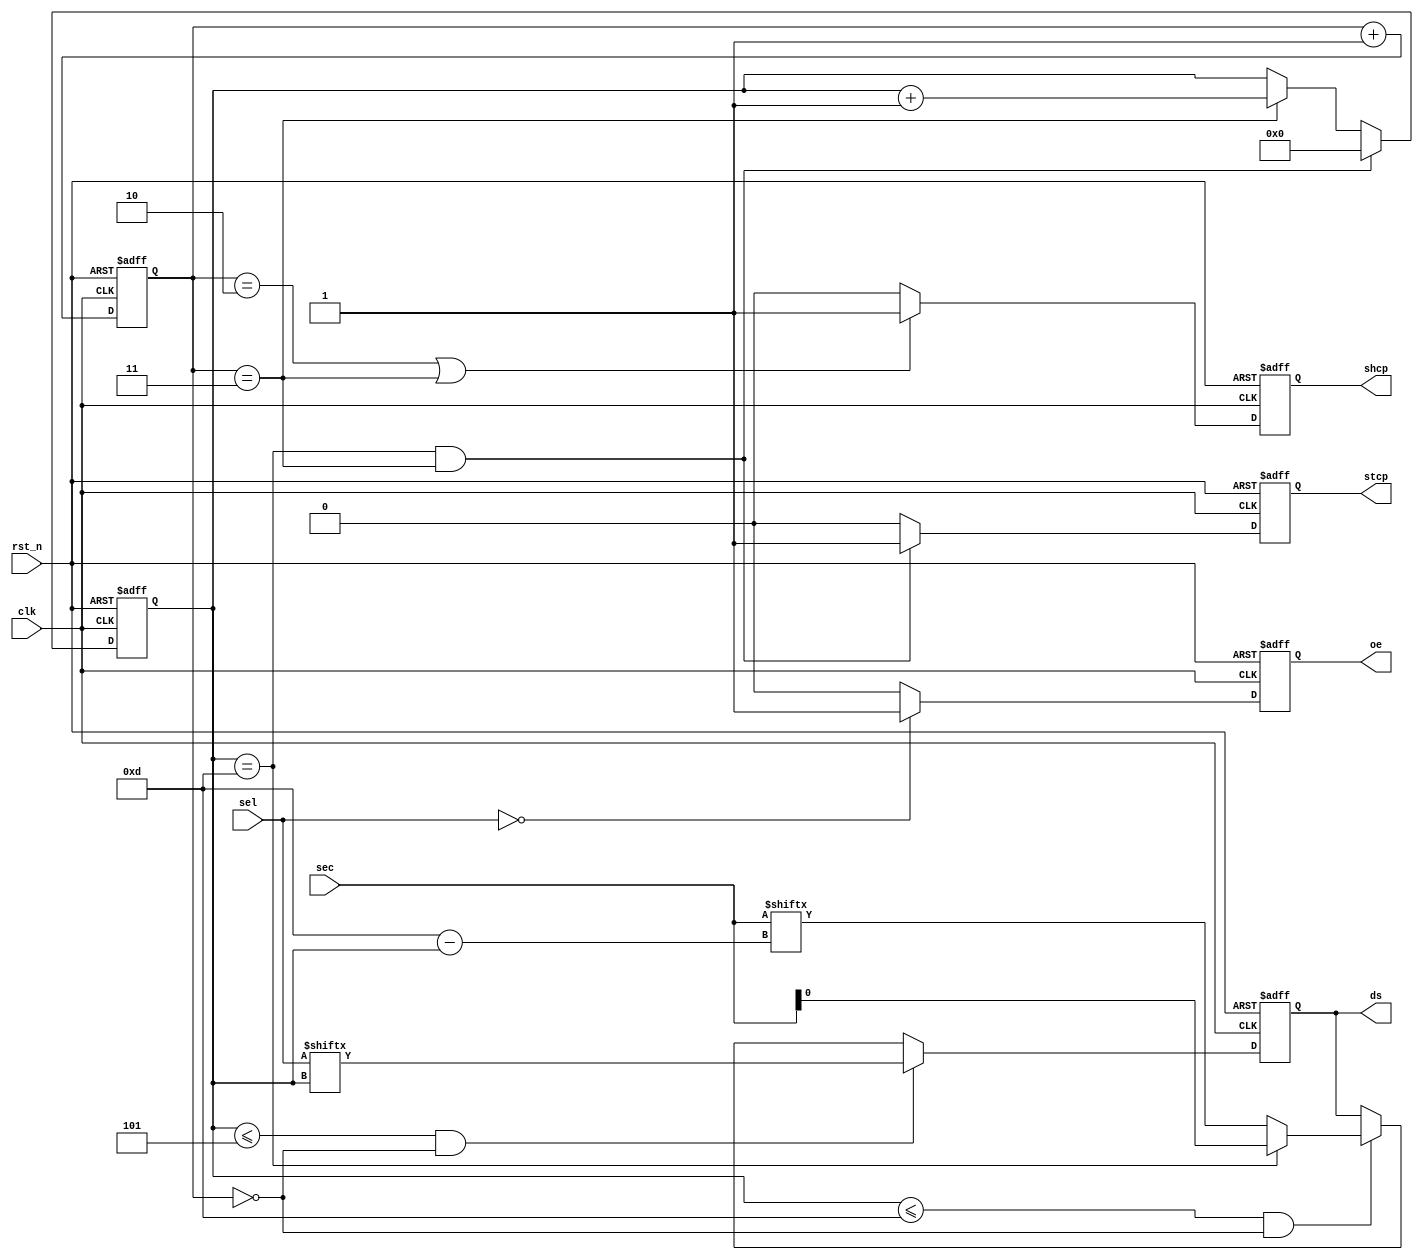
module Hc595_Pre (
	input clk,
	input rst_n,
	input [5:0] sel,
	input [7:0] sec,
	output reg shcp,
	output reg stcp,
	output reg ds,
	output reg oe
);

	reg [1:0] cnt;	//450mhz
	reg [3:0] cnt_num;	//68

	/*0123*/
	always @(posedge clk or negedge rst_n) begin
		if(~rst_n) begin
			cnt <= 2'd0;
		end else begin
			cnt <= cnt + 2'd1;	//0
		end
	end

	/*0-13*/
	always @(posedge clk or negedge rst_n) begin
		if(~rst_n) begin
			cnt_num <= 4'd0;
		end else if(cnt_num == 4'd13 && cnt == 2'd3) begin
			cnt_num <= 4'd0;
		end else if(cnt == 2'd3) begin
			cnt_num <= cnt_num + 4'd1;
		end
	end

	/*shcp12.5mhz*/
	always @(posedge clk or negedge rst_n) begin
		if(~rst_n) begin
			shcp <= 1'd0;
		end else if(cnt == 2'd2 || cnt == 2'd3) begin
			shcp <= 1'd1;
		end else begin
			shcp <= 1'd0;
		end
	end

	/*8
	stcp*/
	always @(posedge clk or negedge rst_n) begin
		if(~rst_n) begin
			stcp <= 1'd0;
		end else if(cnt_num == 4'd13 && cnt == 2'd3) begin
			stcp <= 1'd1;
		end else begin
			stcp <= 1'd0;
		end
	end

	/*0-1368
	*/
	always @(posedge clk or negedge rst_n) begin
		if(~rst_n) begin
			ds <= 0;
		end else if(cnt_num <= 4'd5 && cnt == 2'd0) begin
			ds <= sel[cnt_num];
		end else if(cnt_num <= 4'd13 && cnt == 2'd0) begin
			if(cnt_num == 4'd13) begin
				ds <= sec[0];
			end else begin
				ds <= sec[4'd13 - cnt_num];
			end
		end else begin
			ds <= ds;
		end
	end

	/*oe
	oe*/
	always @(posedge clk or negedge rst_n) begin
		if(~rst_n) begin
			oe <= 1'd1;
		end else if(!sel) begin
			oe <= 1'd1;
		end else begin
			oe <= 1'd0;
		end
	end

endmodule